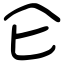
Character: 仑